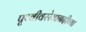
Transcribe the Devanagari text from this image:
पृथ्वीवररेवानदीच्या